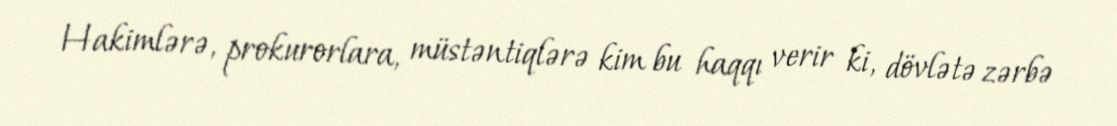
Hakimlərə, prokurorlara, müstəntiqlərə kim bu haqqı verir ki, dövlətə zərbə